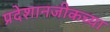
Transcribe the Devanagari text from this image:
प्रदेशानजीकच्या